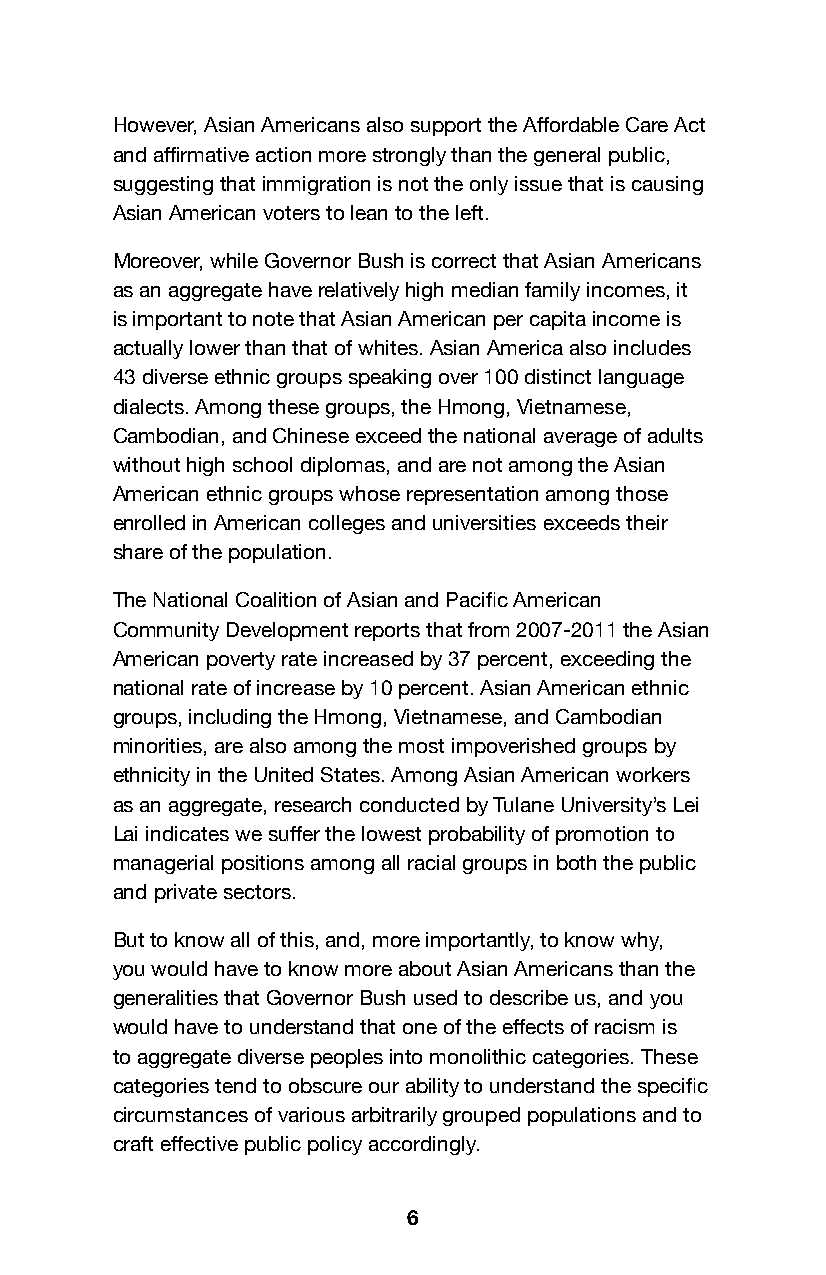
However, Asian Americans also support the Affordable Care Act
 and affirmative action more strongly than the general public,
 suggesting that immigration is not the only issue that is causing
 Asian American voters to lean to the left.
 Moreover, while Governor Bush is correct that Asian Americans
 as an aggregate have relatively high median family incomes, it
 is important to note that Asian American per capita income is
 actually lower than that of whites. Asian America also includes
 43 diverse ethnic groups speaking over 100 distinct language
 dialects. Among these groups, the Hmong, Vietnamese,
 Cambodian, and Chinese exceed the national average of adults
 without high school diplomas, and are not among the Asian
 American ethnic groups whose representation among those
 enrolled in American colleges and universities exceeds their
 share of the population.
 The National Coalition of Asian and Pacific American
 Community Development reports that from 2007-2011 the Asian
 American poverty rate increased by 37 percent, exceeding the
 national rate of increase by 10 percent. Asian American ethnic
 groups, including the Hmong, Vietnamese, and Cambodian
 minorities, are also among the most impoverished groups by
 ethnicity in the United States. Among Asian American workers
 as an aggregate, research conducted by Tulane University’s Lei
 Lai indicates we suffer the lowest probability of promotion to
 managerial positions among all racial groups in both the public
 and private sectors.
 But to know all of this, and, more importantly, to know why,
 you would have to know more about Asian Americans than the
 generalities that Governor Bush used to describe us, and you
 would have to understand that one of the effects of racism is
 to aggregate diverse peoples into monolithic categories. These
 categories tend to obscure our ability to understand the specific
 circumstances of various arbitrarily grouped populations and to
 craft effective public policy accordingly.
 6